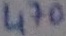
Text: 470